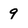
Character: 9